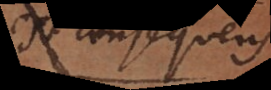
m: consequens